Piroplasma canis and its life cycle in the tick - Number 29
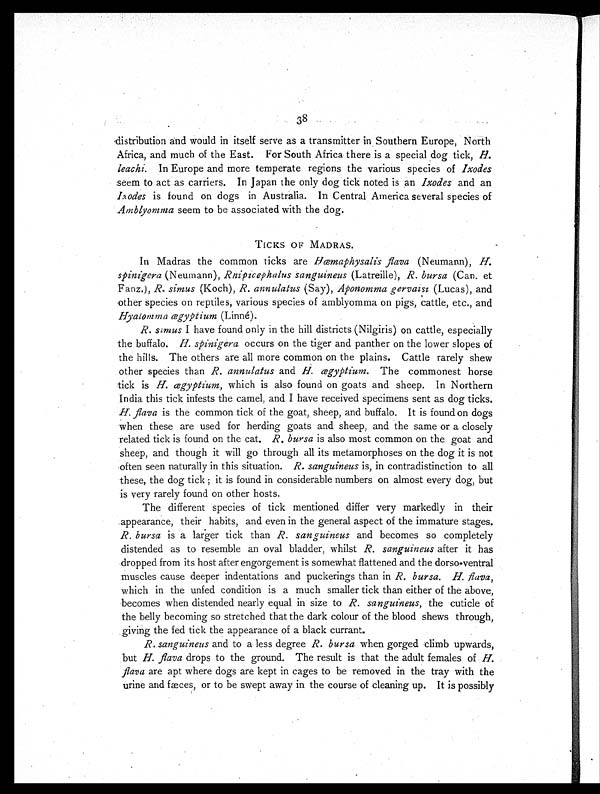
38
distribution and would in itself serve as a transmitter in Southern Europe, North
Africa, and much of the East. For South Africa there is a special dog tick, H .
leachi. In Europe and more temperate regions the various species of Ixodes
seem to act as carriers. In Japan the only dog tick noted is an Ixodes and an
Ixodes is found on dogs in Australia. In Central America several species of
Amblyomma seem to be associated with the dog.
TICKS OF MADRAS.
In Madras the common ticks are Hæmaphysalis flava (Neumann), H.
spinigera (Neumann), Rnipicephalus sanguineus (Latreille), R. bursa (Can. et
Fanz.), R. simus (Koch), R. annulatus (Say), Aponomma gervazsi (Lucas), and
other species on reptiles, various species of amblyomma on pigs, cattle, etc., and
Hyalomma ægyptium (Linné).
R. Simus I have found only in the hill districts (Nilgiris) on cattle, especially
the buffalo. H. spinigera occurs on the tiger and panther on the lower slopes of
the hills. The others are all more common on the plains. Cattle rarely shew
other species than R. annulatus and H. ægyptium. The commonest horse
tick is H. ægyptium, which is also found on goats and sheep. In Northern
India this tick infests the camel, and I have received specimens sent as dog ticks.
H. flava is the common tick of the goat, sheep, and buffalo. It is found on dogs
when these are used for herding goats and sheep, and the same or a closely
related tick is found on the cat. R. bursa is also most common on the goat and
sheep, and though it will go through all its metamorphoses on the dog it is not
often seen naturally in this situation. R. sanguineus is, in contradistinction to all
these, the dog tick; it is found in considerable numbers on almost every dog, but
is very rarely found on other hosts.
The different species of tick mentioned differ very markedly in their
appearance, their habits, and even in the general aspect of the immature stages.
R. bursa is a larger tick than R. sanguineus and becomes so completely
distended as to resemble an oval bladder, whilst R. sanguineus after it has
dropped from its host after engorgement is somewhat flattened and the dorso-ventral
muscles cause deeper indentations and puckerings than in R. bursa. H. flava,
which in the unfed condition is a much smaller tick than either of the above,
becomes when distended nearly equal in size to R. sanguineus, the cuticle of
the belly becoming so stretched that the dark colour of the blood shews through,
giving the fed tick the appearance of a black currant.
R. sanguineus and to a less degree R. bursa when gorged climb upwards,
but H. flava drops to the ground. The result is that the adult females of H.
flava are apt where dogs are kept in cages to be removed in the tray with the
urine and fæces, or to be swept away in the course of cleaning up. It is possibly